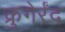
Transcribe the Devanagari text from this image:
क्रुगेर्रंद